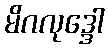
မိဂလုဒ္ဒေါ